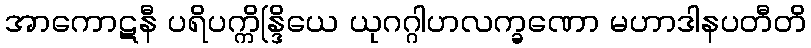
အာကောဋနီ ပရိပက္ကိန္ဒြိယေ ယုဂဂ္ဂါဟလက္ခဏော မဟာဒါနပတီတိ